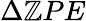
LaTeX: \Delta\mathbb{Z}PE